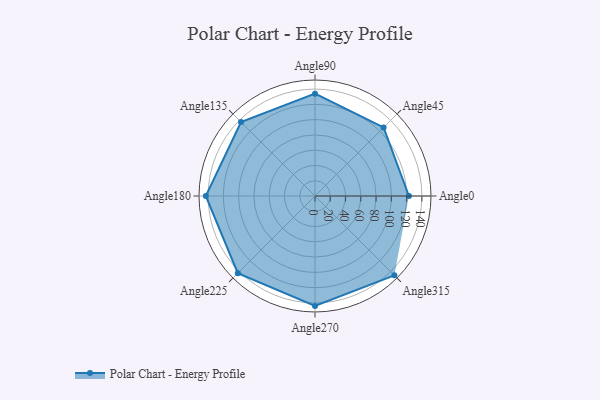
{"axis": {"x": "Angle", "y": "Radius"}, "legend": [""], "data": [{"x": "Angle0", "y": 123.0, "type": ""}, {"x": "Angle45", "y": 127.0, "type": ""}, {"x": "Angle90", "y": 134.0, "type": ""}, {"x": "Angle135", "y": 137.0, "type": ""}, {"x": "Angle180", "y": 143.0, "type": ""}, {"x": "Angle225", "y": 143.0, "type": ""}, {"x": "Angle270", "y": 144.0, "type": ""}, {"x": "Angle315", "y": 147.0, "type": ""}]}